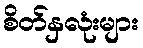
စိတ်နှလုံးများ